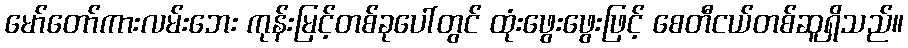
မော်တော်ကားလမ်းဘေး ကုန်းမြင့်တစ်ခုပေါ်တွင် ထုံးဖွေးဖွေးဖြင့် စေတီငယ်တစ်ဆူရှိသည်။